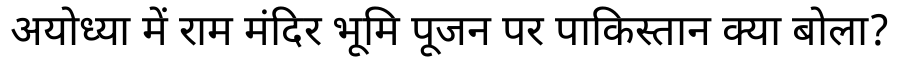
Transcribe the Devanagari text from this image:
अयोध्या में राम मंदिर भूमि पूजन पर पाकिस्तान क्या बोला?